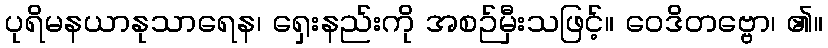
ပုရိမနယာနုသာရေန၊ ရှေးနည်းကို အစဉ်မှီးသဖြင့်။ ဝေဒိတဗ္ဗော၊ ၏။